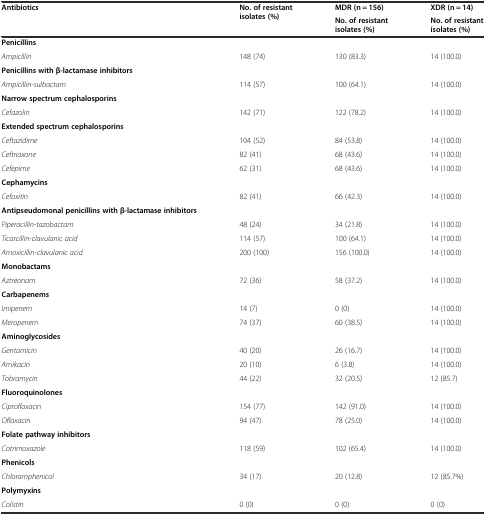
<table><thead><tr><td rowspan="2"><b>Antibiotics</b></td><td rowspan="2"><b>No. of resistant isolates (%)</b></td><td><b>MDR (n = 156)</b></td><td><b>XDR (n = 14)</b></td></tr><tr><td><b>No. of resistant isolates (%)</b></td><td><b>No. of resistant isolates (%)</b></td></tr></thead><tbody><tr><td><b>Penicillins</b></td><td></td><td></td><td></td></tr><tr><td><i>Ampicillin</i></td><td>148 (74)</td><td>130 (83.3)</td><td>14 (100.0)</td></tr><tr><td><b>Penicillins with β-lactamase inhibitors</b></td><td></td><td></td><td></td></tr><tr><td><i>Ampicillin-sulbactam</i></td><td>114 (57)</td><td>100 (64.1)</td><td>14 (100.0)</td></tr><tr><td><b>Narrow spectrum cephalosporins</b></td><td></td><td></td><td></td></tr><tr><td><i>Cefazolin</i></td><td>142 (71)</td><td>122 (78.2)</td><td>14 (100.0)</td></tr><tr><td><b>Extended spectrum cephalosporins</b></td><td></td><td></td><td></td></tr><tr><td><i>Ceftazidime</i></td><td>104 (52)</td><td>84 (53.8)</td><td>14 (100.0)</td></tr><tr><td><i>Ceftriaxone</i></td><td>82 (41)</td><td>68 (43.6)</td><td>14 (100.0)</td></tr><tr><td><i>Cefepime</i></td><td>62 (31)</td><td>68 (43.6)</td><td>14 (100.0)</td></tr><tr><td><b>Cephamycins</b></td><td></td><td></td><td></td></tr><tr><td><i>Cefoxitin</i></td><td>82 (41)</td><td>66 (42.3)</td><td>14 (100.0)</td></tr><tr><td><b>Antipseudomonal penicillins with β-lactamase inhibitors</b></td><td></td><td></td><td></td></tr><tr><td><i>Piperacillin-tazobactam</i></td><td>48 (24)</td><td>34 (21.8)</td><td>14 (100.0)</td></tr><tr><td><i>Ticarcillin-clavulanic acid</i></td><td>114 (57)</td><td>100 (64.1)</td><td>14 (100.0)</td></tr><tr><td><i>Amoxicillin-clavulanic acid</i></td><td>200 (100)</td><td>156 (100.0)</td><td>14 (100.0)</td></tr><tr><td><b>Monobactams</b></td><td></td><td></td><td></td></tr><tr><td><i>Aztreonam</i></td><td>72 (36)</td><td>58 (37.2)</td><td>14 (100.0)</td></tr><tr><td><b>Carbapenems</b></td><td></td><td></td><td></td></tr><tr><td><i>Imipenem</i></td><td>14 (7)</td><td>0 (0)</td><td>14 (100.0)</td></tr><tr><td><i>Meropenem</i></td><td>74 (37)</td><td>60 (38.5)</td><td>14 (100.0)</td></tr><tr><td><b>Aminoglycosides</b></td><td></td><td></td><td></td></tr><tr><td><i>Gentamicin</i></td><td>40 (20)</td><td>26 (16.7)</td><td>14 (100.0)</td></tr><tr><td><i>Amikacin</i></td><td>20 (10)</td><td>6 (3.8)</td><td>14 (100.0)</td></tr><tr><td><i>Tobramycin</i></td><td>44 (22)</td><td>32 (20.5)</td><td>12 (85.7)</td></tr><tr><td><b>Fluoroquinolones</b></td><td></td><td></td><td></td></tr><tr><td><i>Ciprofloxacin</i></td><td>154 (77)</td><td>142 (91.0)</td><td>14 (100.0)</td></tr><tr><td><i>Ofloxacin</i></td><td>94 (47)</td><td>78 (25.0)</td><td>14 (100.0)</td></tr><tr><td><b>Folate pathway inhibitors</b></td><td></td><td></td><td></td></tr><tr><td><i>Cotrimoxazole</i></td><td>118 (59)</td><td>102 (65.4)</td><td>14 (100.0)</td></tr><tr><td><b>Phenicols</b></td><td></td><td></td><td></td></tr><tr><td><i>Chloramphenicol</i></td><td>34 (17)</td><td>20 (12.8)</td><td>12 (85.7%)</td></tr><tr><td><b>Polymyxins</b></td><td></td><td></td><td></td></tr><tr><td><i>Colistin</i></td><td>0 (0)</td><td>0 (0)</td><td>0 (0)</td></tr></tbody></table>